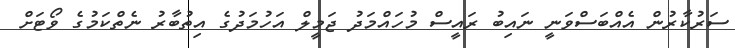
ސަރުކާރުން އެއްބަސްވަނީ ނައިބު ރައީސް މުހައްމަދު ޖަމީލް އަހުމަދުގެ އިތުބާރު ނެތްކަމުގެ ވޯޓަށް